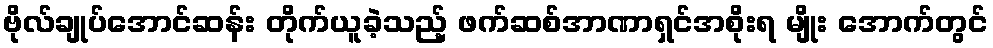
ဗိုလ်ချုပ်အောင်ဆန်း တိုက်ယူခဲ့သည့် ဖက်ဆစ်အာဏာရှင်အစိုးရ မျိုး အောက်တွင်